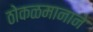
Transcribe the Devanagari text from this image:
ठोकळमानाने